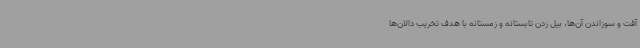
آفت و سوزاندن آن‌ها، بیل زدن تابستانه و زمستانه با هدف تخریب دالان‌ها